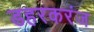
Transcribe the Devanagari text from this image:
डहरकरंज